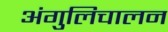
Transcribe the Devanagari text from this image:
अंगुलिचालन